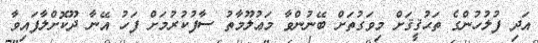
އަދި ފުލުހުންގެ ތަޙުޤީޤަށް މިވަގުތަށް ބޭނުންވާ މަޢުލޫމާތު ސާފުކުރުމަށް ފަހު އޭނާ ދޫކޮށްލާފައިވާ